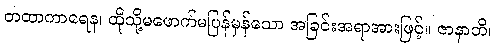
တထာကာရေန၊ ထိုသို့မဖောက်မပြန်မှန်သော အခြင်းအရာအားဖြင့်။ ဇာနာတိ၊